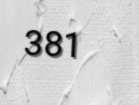
381